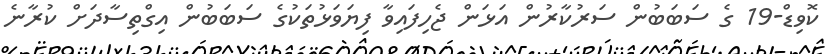
ކޮވިޑް-19 ގެ ސަބަބުން ސަރުކާރުން އަޅަން ޖެހިފައިވާ ފިޔަވަޅުތަކުގެ ސަބަބުން އިގްތިސާދަށް ކުރާނެ